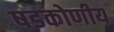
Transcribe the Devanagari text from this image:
षडकोणीय